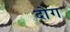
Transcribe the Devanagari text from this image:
दोग